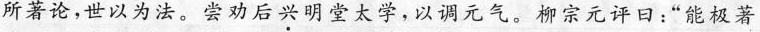
所著论，世以为法。尝劝后兴明堂太学，以调元气。柳宗元评日：”能极著